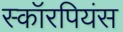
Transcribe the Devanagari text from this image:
स्कॉरपियंस